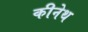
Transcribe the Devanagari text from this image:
कीनेथ